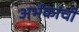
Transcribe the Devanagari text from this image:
अर्भकांची